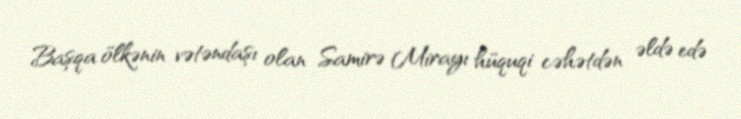
Başqa ölkənin vətəndaşı olan Samirə Mirayı hüquqi cəhətdən əldə edə